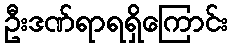
ဦးဒဏ်ရာရရှိကြောင်း